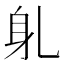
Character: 𬧠